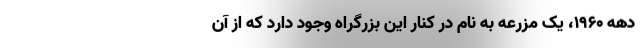
دهه ۱۹۶۰، یک مزرعه به نام در کنار این بزرگراه وجود دارد که از آن